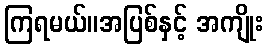
ကြရမယ်။အပြစ်နှင့် အကျိုး